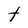
Character: t